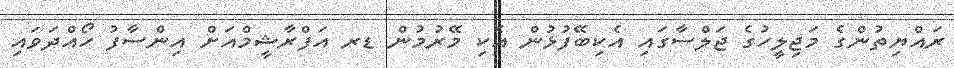
ރައްޔިތުންގެ މަޖިލީހުގެ ޖަލްސާގައި އެކިބޭފުޅުން އެކި މޭރުމުން ޑރ އަފްރާޝީމްއަށް އިންސާފު ހޯއްދަވައި